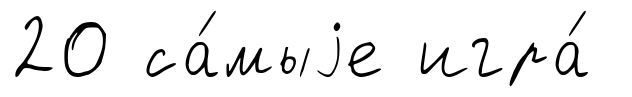
20 са́мыjе игра́